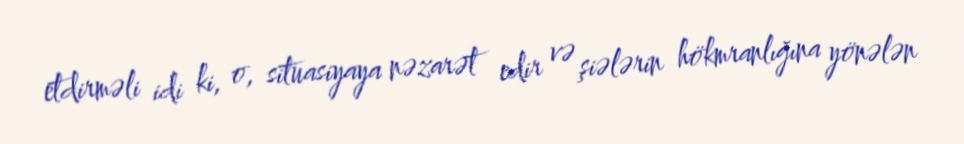
etdirməli idi ki, o, situasiyaya nəzarət edir və şiələrin hökmranlığına yönələn